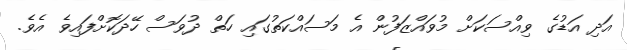
އަދި އަޑުގެ ވިއްސަކަށް މުވައްޒަފުން އެ މަސައްކަތުގައި ހަތް ދުވަސް ހޭދަކޮށްފައިވެ އެވެ.